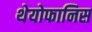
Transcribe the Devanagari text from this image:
थेयोफानिस